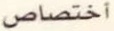
اختصاص